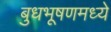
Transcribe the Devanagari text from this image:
बुधभूषणमध्ये